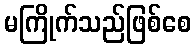
မကြိုက်သည်ဖြစ်စေ